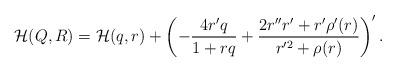
LaTeX: \begin{align*}{\cal H}(Q,R) = {\cal H}(q,r) + \left(- \frac{4r'q}{1 + rq} + \frac{2r''r'+ r'\rho'(r)}{r'^2 + \rho(r)}\right)'. \end{align*}